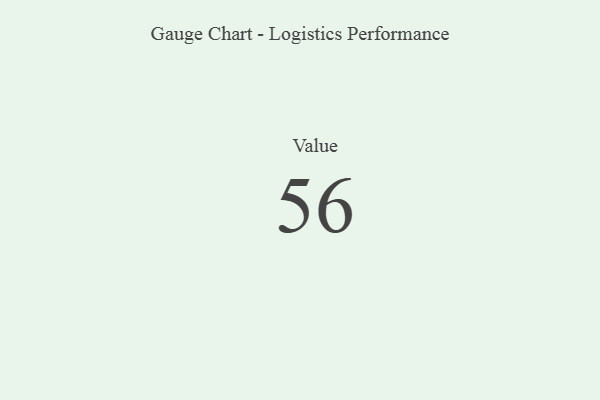
{"axis": {"x": "Metric", "y": "Value"}, "legend": [""], "data": [{"x": "Value", "y": 56, "type": ""}]}